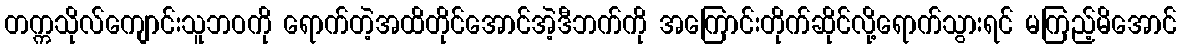
တက္ကသိုလ်ကျောင်းသူဘဝကို ရောက်တဲ့အထိတိုင်အောင်အဲ့ဒီဘက်ကို အကြောင်းတိုက်ဆိုင်လို့ရောက်သွားရင် မကြည့်မိအောင်